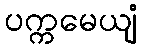
ပက္ကမေယျံ